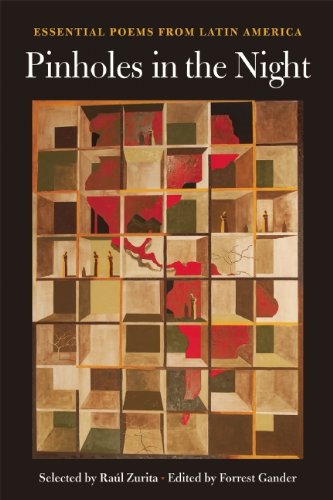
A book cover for Pinholes in the Night: Essential Poems from Latin America (Harriet Monroe Poetry Institute Poets in the World); Literature & Fiction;